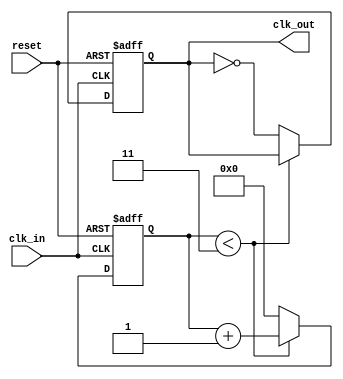
module clock_divider #(parameter div_factor = 4) (
    input clk_in,
    input reset,
    output reg clk_out
);

    reg [31:0] count; // Use a 32-bit counter to accommodate larger division factors

    // Asynchronous reset and clock division logic
    always @(posedge clk_in or posedge reset) begin
        if (reset) begin
            count <= 0;
            clk_out <= 0; // Initialize clk_out to low on reset
        end else begin
            if (div_factor > 1) begin
                // Increment count
                if (count < (div_factor - 1)) begin
                    count <= count + 1;
                end else begin
                    // Toggle clk_out and reset count
                    clk_out <= ~clk_out;
                    count <= 0;
                end
            end else begin
                // If div_factor <= 1, pass the clk_in directly to clk_out
                clk_out <= clk_in;
                count <= 0; // Reset count to avoid unnecessary increments
            end
        end
    end

endmodule